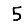
Digit: 5